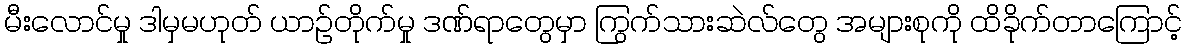
မီးလောင်မှု ဒါမှမဟုတ် ယာဉ်တိုက်မှု ဒဏ်ရာတွေမှာ ကြွက်သားဆဲလ်တွေ အများစုကို ထိခိုက်တာကြောင့်